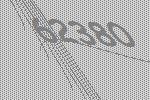
62380